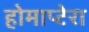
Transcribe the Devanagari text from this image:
होमाप्टेरा